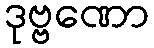
ဒုဗ္ဗဏော